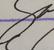
Signature authenticity: genuine